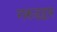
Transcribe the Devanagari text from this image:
गरुडद्वार